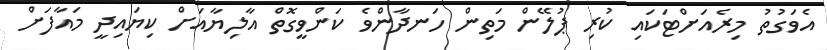
އެވަގުތު މިރެއަށްޓަކައި ކުރި ޕުލޭން މަތިން ހަނދާންވެ ކަންވީގޮތް އާލިޔާއަށް ކިޔައިދީ މައާފަށް